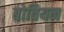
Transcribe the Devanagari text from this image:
बोवियन